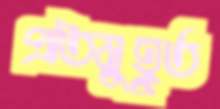
প্রতিমুহূর্ত